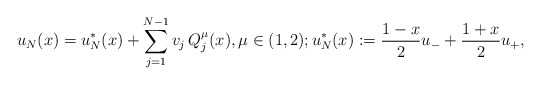
\begin{align*}u_N(x)=u_N^*(x)+\sum_{j=1}^{N-1} v_j\, Q_j^\mu(x),\mu\in (1,2); u_N^*(x):=\frac{1-x} 2 u_-+\frac{1+x} 2 u_+, \end{align*}